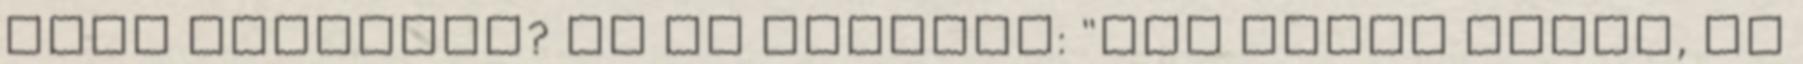
mire gondolsz? Ez de tipikus: "Nem értek hozzá, de